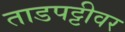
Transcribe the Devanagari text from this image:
ताडपट्टीवर